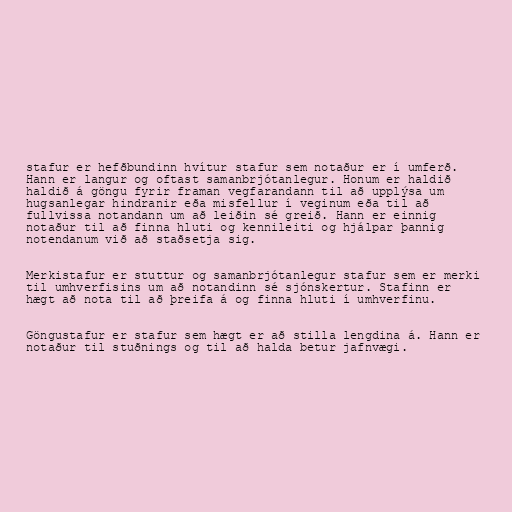
stafur er hefðbundinn hvítur stafur sem notaður er í umferð.
Hann er langur og oftast samanbrjótanlegur. Honum er haldið
haldið á göngu fyrir framan vegfarandann til að upplýsa um
hugsanlegar hindranir eða misfellur í veginum eða til að
fullvissa notandann um að leiðin sé greið. Hann er einnig
notaður til að finna hluti og kennileiti og hjálpar þannig
notendanum við að staðsetja sig.

Merkistafur er stuttur og samanbrjótanlegur stafur sem er merki
til umhverfisins um að notandinn sé sjónskertur. Stafinn er
hægt að nota til að þreifa á og finna hluti í umhverfinu.

Göngustafur er stafur sem hægt er að stilla lengdina á. Hann er
notaður til stuðnings og til að halda betur jafnvægi.